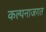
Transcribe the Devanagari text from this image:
कल्पनाजगत